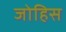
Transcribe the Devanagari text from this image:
जोहिस